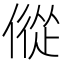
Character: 傱